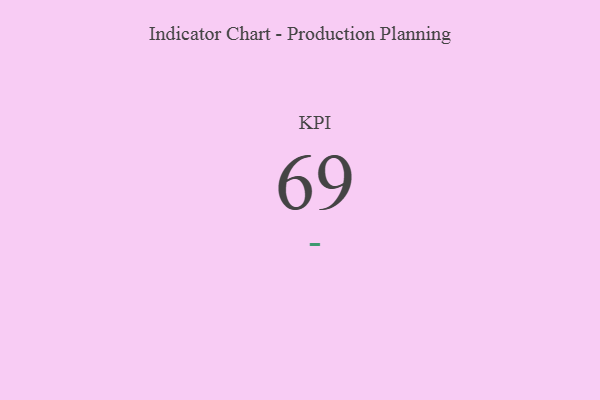
{"axis": {"x": "KPI", "y": "Value"}, "legend": [""], "data": [{"x": "KPI", "y": 69, "type": ""}]}